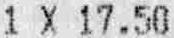
1 X 17.50